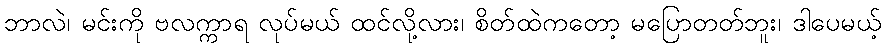
ဘာလဲ၊ မင်းကို ဗလက္ကာရ လုပ်မယ် ထင်လို့လား၊ စိတ်ထဲကတော့ မပြောတတ်ဘူး၊ ဒါပေမယ့်